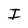
Character: I